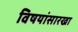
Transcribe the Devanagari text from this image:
विषयांसारखा